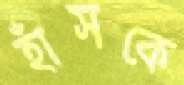
হাঁসকে